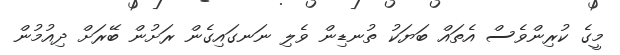
މީގެ ކުރިންވެސް އެތައް ބަޔަކު ތުނޑިން ވެލި ނަނގައިގެން ރަށުން ބޭރަށް ދިއުމުން